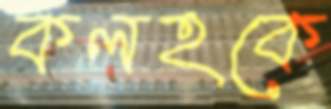
কলহকে